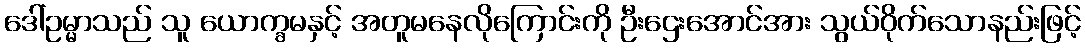
ဒေါ်ဥမ္မာသည် သူ ယောက္ခမနှင့် အတူမနေလိုကြောင်းကို ဦးဌေးအောင်အား သွယ်ဝိုက်သောနည်းဖြင့်